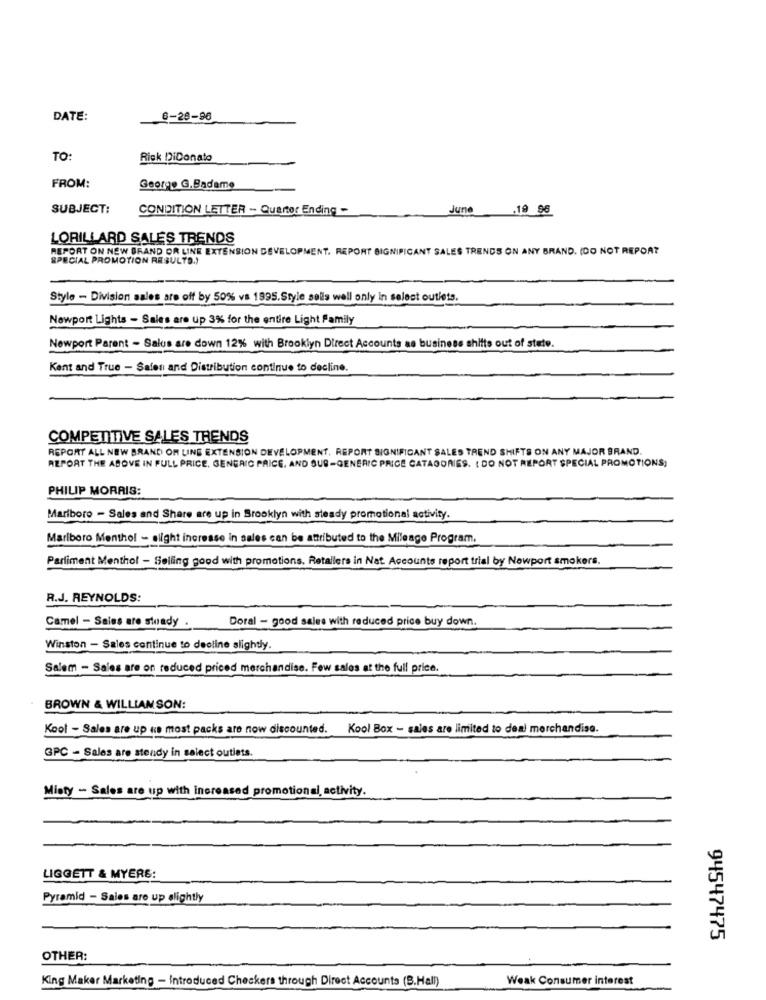
DATE:
6-28-96
TO:
Rick DiDonato
FROM:
George G.Badame
SUBJECT:
CONDITION LETTER -- Quarter Ending -
June
.19 96
LORILLARD SALES TRENDS
REPORT ON NEW BRAND OR LINE EXTENSION DEVELOPMENT. REPORT SIGNIFICANT SALES TRENDS ON ANY BRAND. (DO NOT REPORT
SPECIAL PROMOTION RESULTS.)
Style - Division sales are off by 50% vs 1995.Style sells well only in select outlets.
Newport Lights - Sales are up 3% for the entire Light Family
Newport Parent - Salus are down 12% with Brooklyn Direct Accounts as business shifts out of state.
Kent and True - Sales and Distribution continue to decline.
COMPETITIVE SALES TRENDS
REPORT ALL NEW BRAND OF LINE EXTENSION DEVELOPMENT, REPORT SIGNIFICANT SALES TREND SHIFTS ON ANY MAJOR BRAND.
REPORT THE ABOVE IN FULL PRICE, GENERIC PRICE. AND SUB-GENERIC PRICE CATAGORIES. ( DO NOT REPORT SPECIAL PROMOTIONS,
PHILIP MORRIS:
Mariboro - Sales and Share are up in Brooklyn with steady promotional activity.
Marlboro Menthol - silght increase in sales can be attributed to the Mileage Program.
Parliment Menthol - Selling good with promotions. Retailers in Nat Accounts report trial by Newport smokers.
R.J. REYNOLDS:
Doral - good sales with reduced price buy down.
Camel - Sales are steady .
Winston - Sales continue to decline slightly.
Salem - Sales are on reduced priced merchandise. Few sales at the full price.
BROWN & WILLIAMSON:
Kool - Sales are up ne most packs are now discounted. Kool Box - sales are limited to deal merchandise.
GPC - Sales are stendy in select outiets.
Mioty - Sales are up with increased promotional, activity.
LIGGETT & MYERE:
Pyramid - Sales are up alightly
94547475
OTHER:
King Maker Marketing - Introduced Checkers through Direct Accounts (B.Hall)
Weak Consumer interest